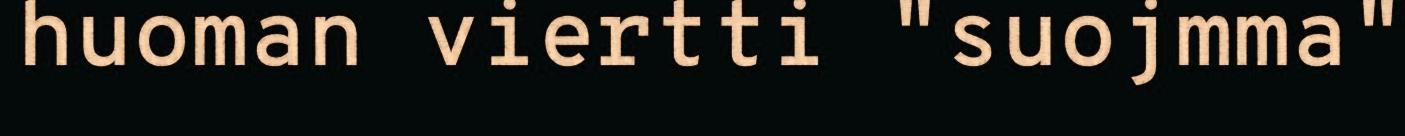
huoman viertti "suojmma"